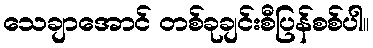
သေချာအောင် တစ်ခုချင်းစီပြန်စစ်ပါ။